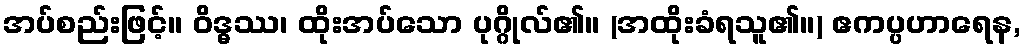
အပ်စည်းဖြင့်။ ဝိဒ္ဓဿ၊ ထိုးအပ်သော ပုဂ္ဂိုလ်၏။ (အထိုးခံရသူ၏။) ဧကပ္ပဟာရေန,